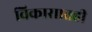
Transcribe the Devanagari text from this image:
विकासातही